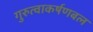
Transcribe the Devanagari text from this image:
गुरुत्वाकर्षणबल